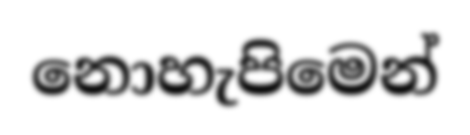
නොහැපිමෙන්